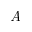
\emph { A }